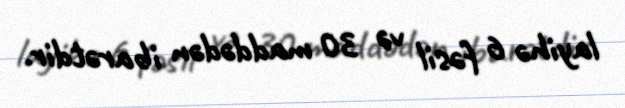
layihə 6 fəsil və 30 maddədən ibarətdir.